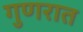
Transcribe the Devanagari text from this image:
गुणरात